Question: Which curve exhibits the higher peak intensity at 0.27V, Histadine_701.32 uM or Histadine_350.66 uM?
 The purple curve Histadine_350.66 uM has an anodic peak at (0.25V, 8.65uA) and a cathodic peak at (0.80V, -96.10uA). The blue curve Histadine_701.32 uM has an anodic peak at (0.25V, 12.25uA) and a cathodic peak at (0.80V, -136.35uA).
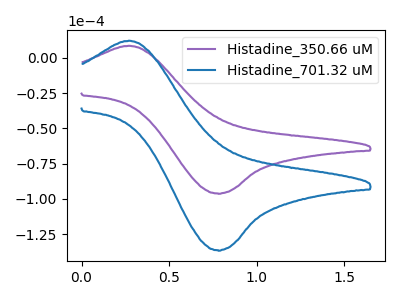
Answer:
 <answer>The peak at 0.27V is higher in "Histadine_701.32 uM" than in "Histadine_350.66 uM".</answer>
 <eval>higher</eval>